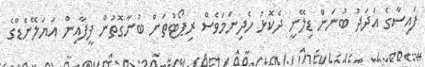
ފައިސާގެ އަދަދު ބުނަން ޑިލޭނީ ދެކޮޅު ހެދިނަމަވެސް ރިޕޯޓުތަށް ބުނާގޮތުން ފީފާއިން އަޔަލޭންޑްގެ